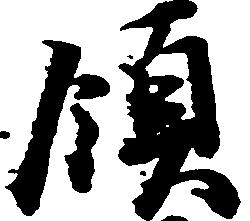
領